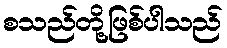
စသည်တို့ဖြစ်ပါသည်